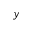
y